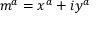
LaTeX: m ^ { a } = x ^ { a } + i y ^ { a }